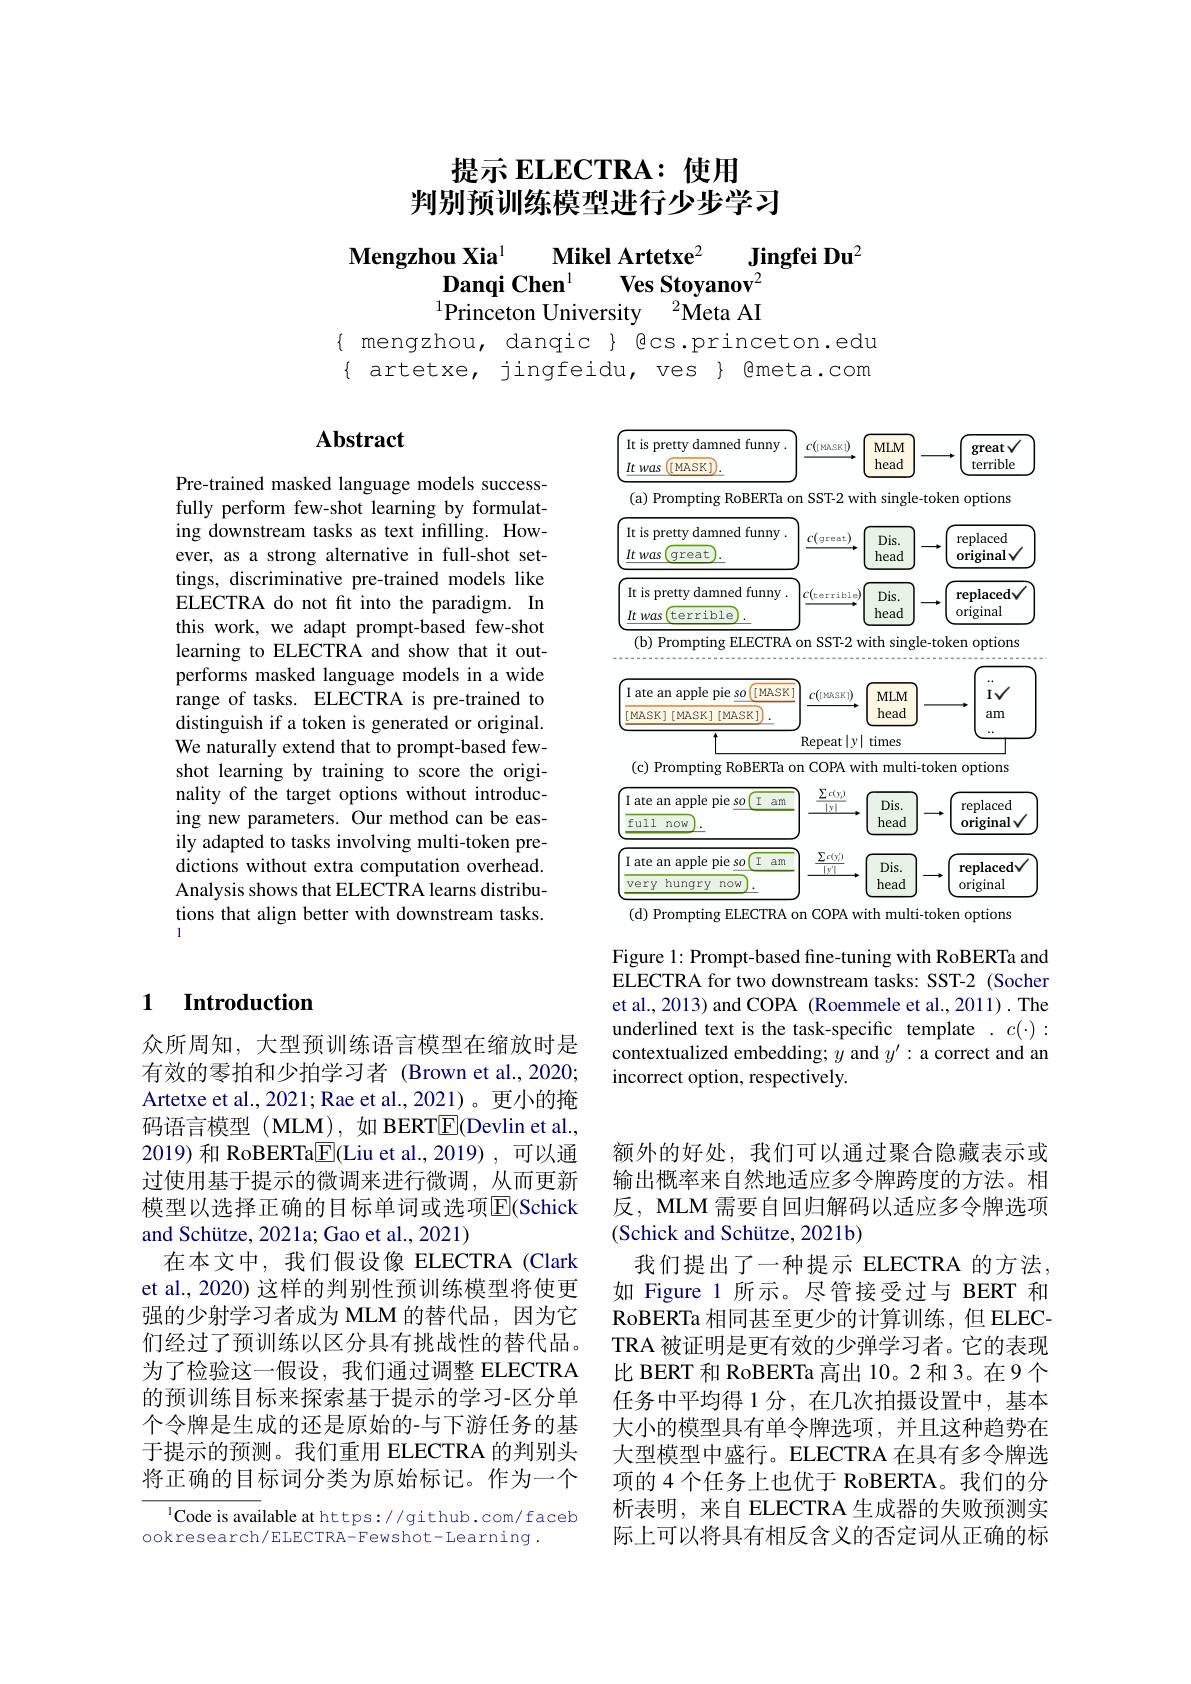
提示 ELECTRA: 使用
判别预训练模型进行少步学习

Mikel Artetxe$^{2}$
Jingfei Du$^{2}$
$\mathbf{MengzhouXia}^{1}$
Danqi Chen$^{1}$
Ves Stoyanov$^{2}$
$^{1}\tilde{\text{Princeton University}}\:^{2}\dot{\text{Meta AI}}$

$\{$ mengzhou, danqic $\}$色cs.princeton.edu $\{$ artetxe, jingfeidu, ves $\}$ @meta.com

# Abstract

Pre-trained masked language models successfully perform few-shot learning by formulating downstream tasks as text infilling. However, as a strong alternative in full-shot settings, discriminative pre-trained models like ELECTRA do not fit into the paradigm. In this work, we adapt prompt-based few-shot learning to ELECTRA and show that it outperforms masked language models in a wide range of tasks. ELECTRA is pre-trained to distinguish if a token is generated or original. We naturally extend that to prompt-based fewshot learning by training to score the originality of the target options without introducing new parameters. Our method can be easily adapted to tasks involving multi-token predictions without extra computation overhead. Analysis shows that ELECTRA learns distributions that align better with downstream tasks. 1

# 1 Introduction

众所周知，大型预训练语言模型在缩放时是有效的零拍和少拍学习者 (Brown et al.,2020; Artetxe et al., 2021; Rae et al., 2021)。更小的掩码语言模型(MLM),如 BERT$\boxed{\mathrm{E}}$(Devlin et al., 2019) 和 RoBERTa$\underline{\mathrm{E}}($Liu et al.,2019),可以通过使用基于提示的微调来进行微调，从而更新模型以选择正确的目标单词或选项$\overline{\mathrm{E}}$(Schick and Schütze, 2021a; Gao et al., 2021)
在本文中，我们假设像 ELECTRA (Clark et al., 2020) 这样的判别性预训练模型将使更强的少射学习者成为 MLM 的替代品，因为它们经过了预训练以区分具有挑战性的替代品。为了检验这一假设，我们通过调整 ELECTRA 的预训练目标来探索基于提示的学习-区分单个令牌是生成的还是原始的-与下游任务的基于提示的预测。我们重用 ELECTRA 的判别头将正确的目标词分类为原始标记。作为一个

$^{1}$Code is available at https://github.com/faceb
ookresearch/ELECTRA-Fewshot-Learning.

$\left(\text{It is pretty damned funny}\right)$
$c( [$MASKI) MLM
great√
<FigureHere>

Figure 1: Prompt-based fine-tuning with RoBERTa and ELECTRA for two downstream tasks: SST-2 (Socher et al., 2013) and COPA (Roemmele et al., 2011). The underlined text is the task-specific template .$c(\cdot):$ contextualized embedding; $y$ and $y^\prime:$ a correct and an incorrect option, respectively.

额外的好处，我们可以通过聚合隐藏表示或输出概率来自然地适应多令牌跨度的方法。相反，MLM 需要自回归解码以适应多令牌选项(Schick and Schütze, 2021b)
我们提出了一种提示 ELECTRA 的方法， 如 Figure 1 所示。尽管接受过与 BERT 和RoBERTa 相同甚至更少的计算训练，但 ELECTRA 被证明是更有效的少弹学习者。它的表现比 BERT 和 RoBERTa 高出 10。2 和 3。在 9 个任务中平均得 1 分，在几次拍摄设置中，基本大小的模型具有单令牌选项，并且这种趋势在大型模型中盛行。ELECTRA 在具有多令牌选项的 4 个任务上也优于 RoBERTA。我们的分析表明，来自 ELECTRA 生成器的失败预测实际上可以将具有相反含义的否定词从正确的标